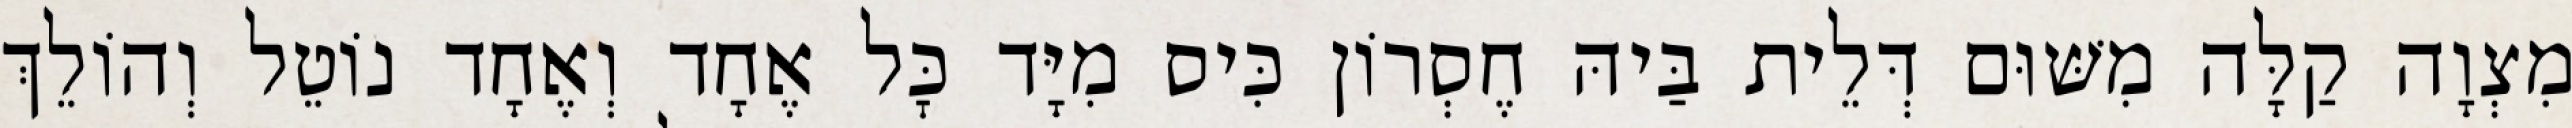
מִצְוָה קַלָּה מִשּׁוּם דְּלֵית בַּיהּ חֶסְרוֹן כִּיס מִיָּד כׇּל אֶחָד וְאֶחָד נוֹטֵל וְהוֹלֵךְ